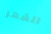
الشهر